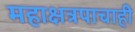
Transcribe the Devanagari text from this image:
महाक्षत्रपाचाही